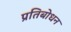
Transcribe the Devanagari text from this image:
प्रतिबोधन